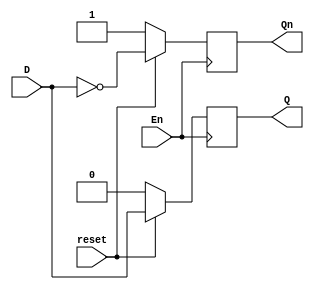
module D_latch(
    input D,
    input En,
    input reset,
    output reg Q,
    output reg Qn
    );
    always @(posedge En)
    if(~reset) begin
    Q <= 1'b0;
    Qn<= 1'b1;
    end else begin
    Q<=D;
    Qn<=~D;
    end
endmodule